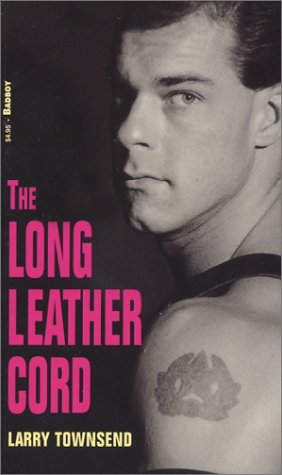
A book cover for The Long Leather Cord; Larry Townsend; Romance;